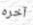
آخره